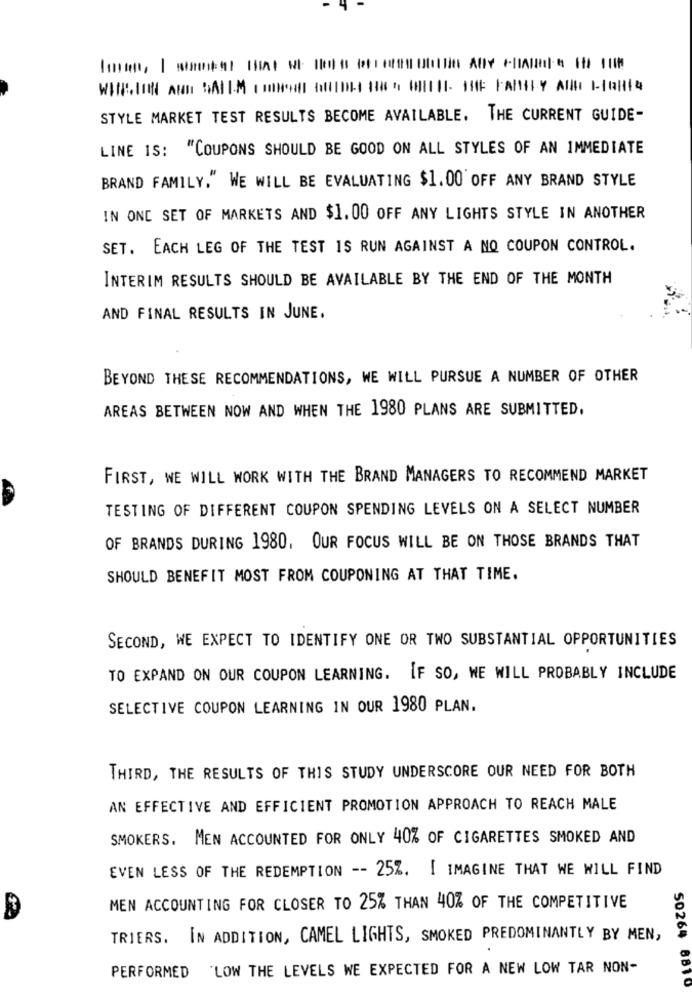
WIN.ION AND SAILM . TOHOME OUTIN: 14 WITHI. THE FAMILY AND F-IRH14
STYLE MARKET TEST RESULTS BECOME AVAILABLE. THE CURRENT GUIDE-
LINE IS: "COUPONS SHOULD BE GOOD ON ALL STYLES OF AN IMMEDIATE
BRAND FAMILY." WE WILL BE EVALUATING $1.00 OFF ANY BRAND STYLE
IN ONE SET OF MARKETS AND $1.00 OFF ANY LIGHTS STYLE IN ANOTHER
SET. EACH LEG OF THE TEST IS RUN AGAINST A NO COUPON CONTROL.
INTERIM RESULTS SHOULD BE AVAILABLE BY THE END OF THE MONTH
AND FINAL RESULTS IN JUNE.
BEYOND THESE RECOMMENDATIONS, WE WILL PURSUE A NUMBER OF OTHER
AREAS BETWEEN NOW AND WHEN THE 1980 PLANS ARE SUBMITTED.
FIRST, WE WILL WORK WITH THE BRAND MANAGERS TO RECOMMEND MARKET
TESTING OF DIFFERENT COUPON SPENDING LEVELS ON A SELECT NUMBER
OF BRANDS DURING 1980, OUR FOCUS WILL BE ON THOSE BRANDS THAT
SHOULD BENEFIT MOST FROM COUPONING AT THAT TIME.
SECOND, WE EXPECT TO IDENTIFY ONE OR TWO SUBSTANTIAL OPPORTUNITIES
TO EXPAND ON OUR COUPON LEARNING. IF SO, WE WILL PROBABLY INCLUDE
SELECTIVE COUPON LEARNING IN OUR 1980 PLAN.
THIRD, THE RESULTS OF THIS STUDY UNDERSCORE OUR NEED FOR BOTH
AN EFFECTIVE AND EFFICIENT PROMOTION APPROACH TO REACH MALE
SMOKERS. MEN ACCOUNTED FOR ONLY 40% OF CIGARETTES SMOKED AND
EVEN LESS OF THE REDEMPTION -- 25%. I IMAGINE THAT WE WILL FIND
MEN ACCOUNTING FOR CLOSER TO 25% THAN 40% OF THE COMPETITIVE
TRIERS. IN ADDITION, CAMEL LIGHTS, SMOKED PREDOMINANTLY BY MEN,
PERFORMED LOW THE LEVELS WE EXPECTED FOR A NEW LOW TAR NON-
50264 8810